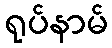
ရုပ်နာမ်